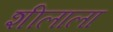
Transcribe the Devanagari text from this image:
शीलाला